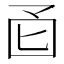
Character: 𫭄